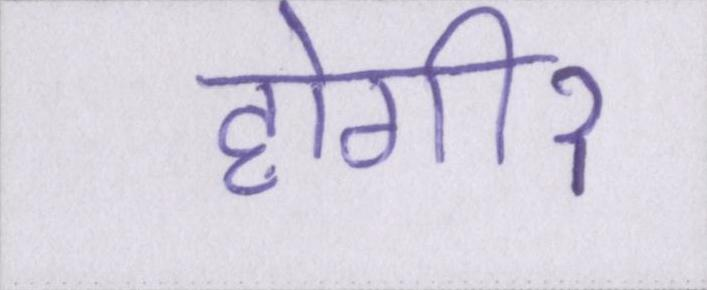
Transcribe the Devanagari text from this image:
होगीॽ